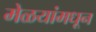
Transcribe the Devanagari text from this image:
मेळयांमधून